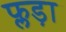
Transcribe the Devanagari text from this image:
फ्लड़ा